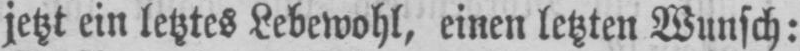
jetzt ein letztes Lebewohl, einen letzten Wunsch: